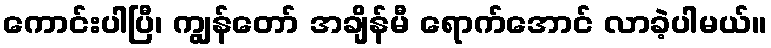
ကောင်းပါပြီ၊ ကျွန်တော် အချိန်မီ ရောက်အောင် လာခဲ့ပါမယ်။